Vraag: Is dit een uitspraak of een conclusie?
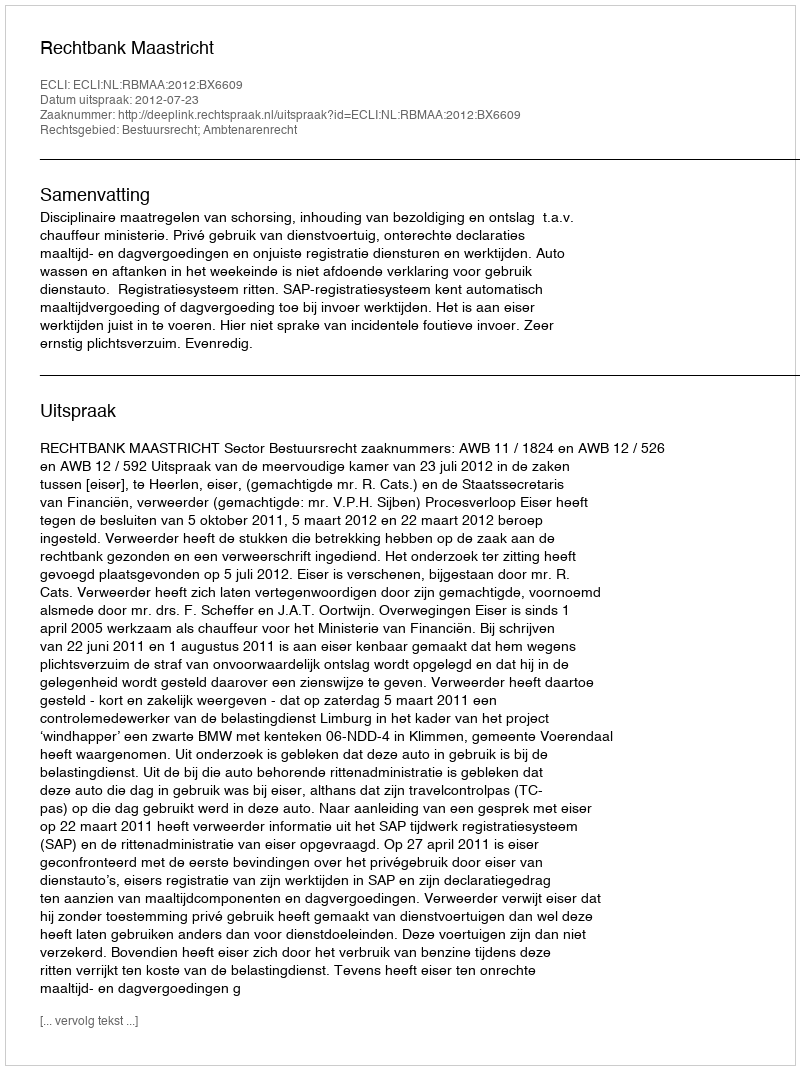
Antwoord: Uitspraak